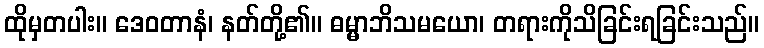
ထိုမှတပါး။ ဒေဝတာနံ၊ နတ်တို့၏။ ဓမ္မာဘိသမယော၊ တရားကိုသိခြင်းရခြင်းသည်။